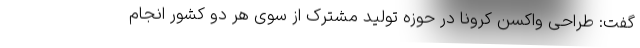
گفت: طراحی واکسن کرونا در حوزه تولید مشترک از سوی هر دو کشور انجام